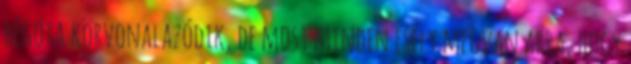
régóta körvonalazódik, de most minden esély megvan arra, hogy